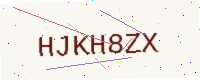
Text: HJKH8ZX